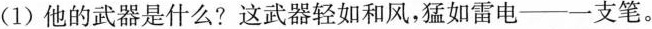
(1) 他的武器是什么? 这武器轻如和风，猛如雷电——一支笔。